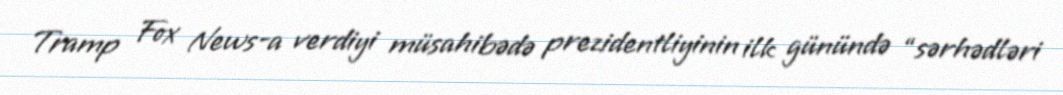
Tramp Fox News-a verdiyi müsahibədə prezidentliyinin ilk günündə “sərhədləri